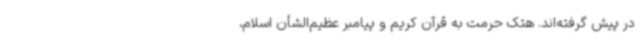
در پیش گرفته‌اند. هتک حرمت به قرآن کریم و پیامبر عظیم‌الشأن اسلام،